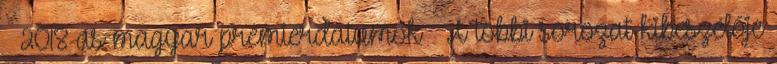
– 2018-as magyar premierdátumok – A többi sorozat kibeszélője